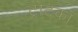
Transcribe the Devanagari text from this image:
ट्रोटका